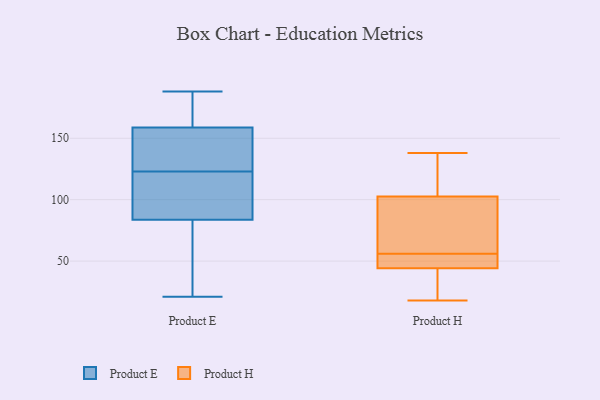
{"axis": {"x": "Headcount", "y": "Value"}, "legend": ["Product E", "Product H"], "data": [{"x": "", "y": 173, "type": "Product E"}, {"x": "", "y": 111, "type": "Product E"}, {"x": "", "y": 170, "type": "Product E"}, {"x": "", "y": 86, "type": "Product E"}, {"x": "", "y": 149, "type": "Product E"}, {"x": "", "y": 67, "type": "Product E"}, {"x": "", "y": 21, "type": "Product E"}, {"x": "", "y": 162, "type": "Product E"}, {"x": "", "y": 123, "type": "Product E"}, {"x": "", "y": 53, "type": "Product E"}, {"x": "", "y": 188, "type": "Product E"}, {"x": "", "y": 68, "type": "Product E"}, {"x": "", "y": 144, "type": "Product E"}, {"x": "", "y": 83, "type": "Product E"}, {"x": "", "y": 168, "type": "Product E"}, {"x": "", "y": 122, "type": "Product E"}, {"x": "", "y": 141, "type": "Product E"}, {"x": "", "y": 118, "type": "Product E"}, {"x": "", "y": 127, "type": "Product E"}, {"x": "", "y": 101, "type": "Product H"}, {"x": "", "y": 138, "type": "Product H"}, {"x": "", "y": 25, "type": "Product H"}, {"x": "", "y": 56, "type": "Product H"}, {"x": "", "y": 92, "type": "Product H"}, {"x": "", "y": 45, "type": "Product H"}, {"x": "", "y": 18, "type": "Product H"}, {"x": "", "y": 136, "type": "Product H"}, {"x": "", "y": 42, "type": "Product H"}, {"x": "", "y": 50, "type": "Product H"}, {"x": "", "y": 50, "type": "Product H"}, {"x": "", "y": 63, "type": "Product H"}, {"x": "", "y": 107, "type": "Product H"}]}